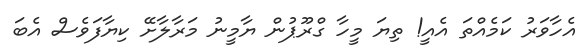
އެހާވަރު ކަމެއްތަ އެއީ! ތިޔަ މީހާ ގްރޫޕުން ޔާމީނު މަރާލާށޭ ކިޔާފަވެސް އެބަ